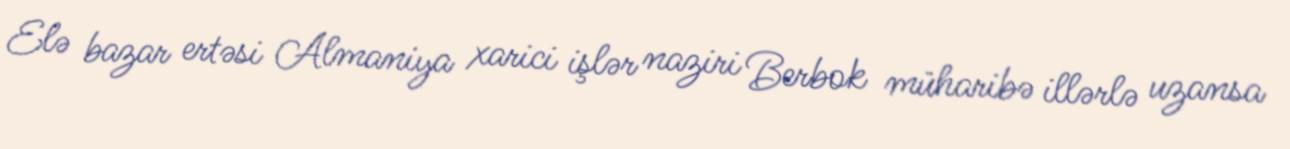
Elə bazar ertəsi Almaniya xarici işlər naziri Berbok müharibə illərlə uzansa